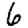
Digit: 6